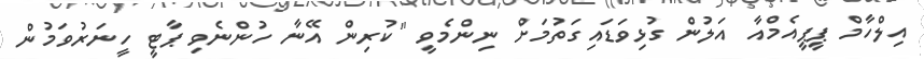
އިލްހާމް ޕީޕީއެމްއާ އަލުން ގުޅިވަޑައިގަތުމަށް ނިންމެވީ "ކުރިން އޭނާ ހުންނެވި ޕާޓީ ހީނަރުވަމުން